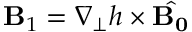
{ \bf B } _ { 1 } = \nabla _ { \perp } h \times { \hat { \bf B _ { 0 } } }